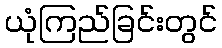
ယုံကြည်ခြင်းတွင်